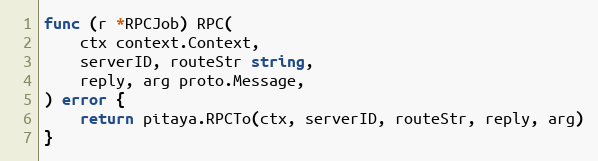
Language: Go
func (r *RPCJob) RPC(
	ctx context.Context,
	serverID, routeStr string,
	reply, arg proto.Message,
) error {
	return pitaya.RPCTo(ctx, serverID, routeStr, reply, arg)
}